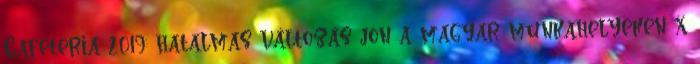
Cafeteria 2019: hatalmas változás jön a magyar munkahelyeken x